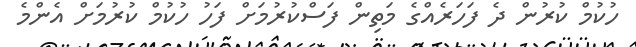
ހުކުމް ކުރުން ދެ ފަހަރެއްގެ މަތިން ފަސްކުރުމަށް ފަހު ހުކުމް ކުރުމަށް އެންމެ